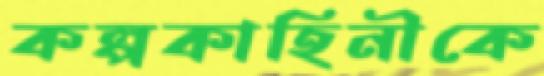
কল্পকাহিনীকে